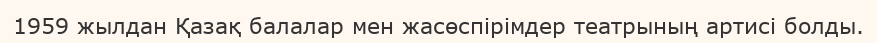
1959 жылдан Қазақ балалар мен жасөспірімдер театрының артисі болды.